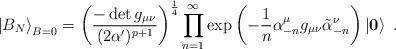
LaTeX: \begin{align*}\left| B_{N} \right\rangle_{B=0} = \left( \frac{- \det g_{\mu\nu}}{(2\alpha')^{p+1}}\right)^{\frac{1}{4}} \prod_{n=1}^{\infty} \exp \left(-\frac{1}{n} \alpha^{\mu}_{-n} g_{\mu\nu} \tilde{\alpha}^{\nu}_{-n}\right) \left| \mathbf{0} \right\rangle~.\end{align*}